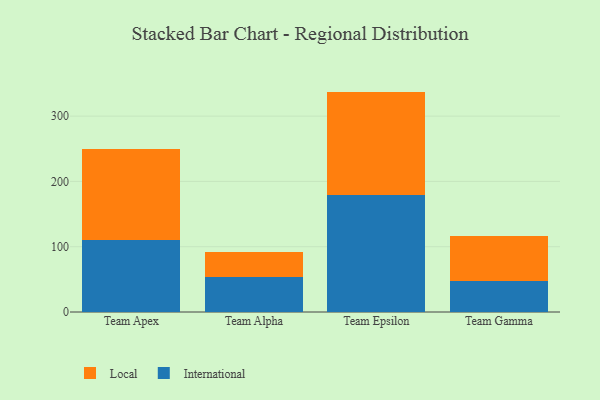
{"axis": {"x": "Team", "y": "Net Income (USD K)"}, "legend": ["International", "Local"], "data": [{"x": "Team Apex", "y": 110.5, "type": "International"}, {"x": "Team Apex", "y": 139.2, "type": "Local"}, {"x": "Team Alpha", "y": 53.4, "type": "International"}, {"x": "Team Alpha", "y": 38.2, "type": "Local"}, {"x": "Team Epsilon", "y": 179.2, "type": "International"}, {"x": "Team Epsilon", "y": 158.4, "type": "Local"}, {"x": "Team Gamma", "y": 47.1, "type": "International"}, {"x": "Team Gamma", "y": 68.7, "type": "Local"}]}